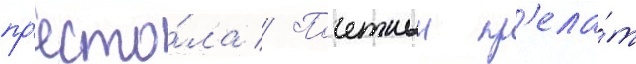
пр'есто́ла // Почетныи пр'ела́т